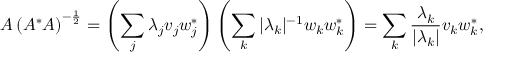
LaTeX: A \left( A ^ { * } A \right) ^ { - { \frac { 1 } { 2 } } } = \left( \sum _ { j } \lambda _ { j } v _ { j } w _ { j } ^ { * } \right) \left( \sum _ { k } | \lambda _ { k } | ^ { - 1 } w _ { k } w _ { k } ^ { * } \right) = \sum _ { k } { \frac { \lambda _ { k } } { | \lambda _ { k } | } } v _ { k } w _ { k } ^ { * } ,